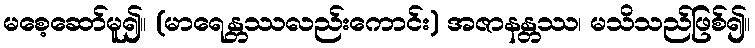
မစေ့ဆော်မူ၍။ (မာရေန္တဿလည်းကောင်း) အဇာနန္တဿ၊ မသိသည်ဖြစ်၍။